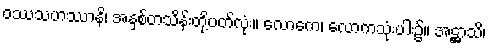
ဝဿသဟဿာနိ၊ အနှစ်တသိန်းတို့ပတ်လုံး။ လောကေ၊ လောကသုံးပါး၌။ အဋ္ဌာသိ၊